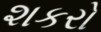
શકરો